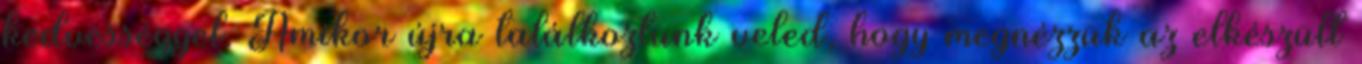
kedvességgel. Amikor újra találkoztunk veled, hogy megnézzük az elkészült